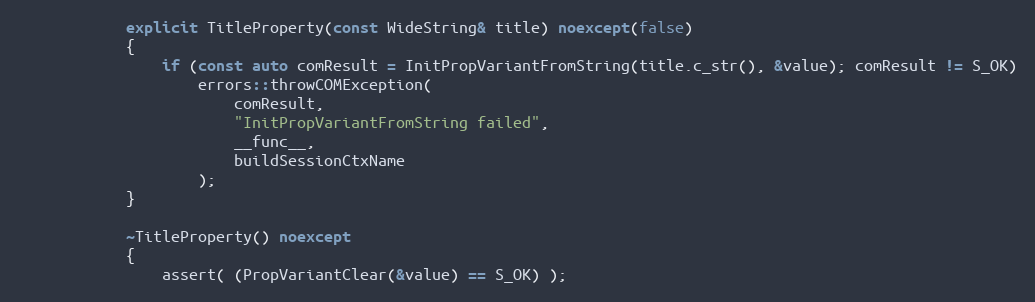
Language: C++
            explicit TitleProperty(const WideString& title) noexcept(false)
            {
                if (const auto comResult = InitPropVariantFromString(title.c_str(), &value); comResult != S_OK)
                    errors::throwCOMException(
                        comResult,
                        "InitPropVariantFromString failed",
                        __func__,
                        buildSessionCtxName
                    );
            }

            ~TitleProperty() noexcept
            {
                assert( (PropVariantClear(&value) == S_OK) );